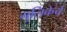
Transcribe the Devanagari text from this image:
गुलिकेचे